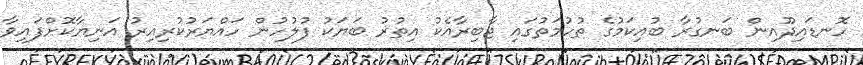
ހޮނޑައިދޫއިން ބަނގުރާ ބުއިކަމުގެ ތުހުމަތުގައި ޖާބިރާއެކު އިތުރު ބަޔަކު ފުލުހުން ހައްޔަރުކުރިއިރު އަނިޔާކޮށްފައިވާ